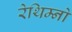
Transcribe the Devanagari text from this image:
रेथिम्नो